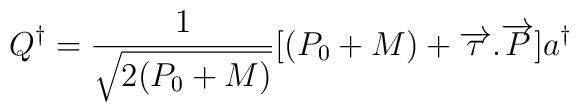
Q^\dagger = \frac{1}{\sqrt{2(P_0 +M)}}[(P_0 +M)+\overrightarrow{\tau}.\overrightarrow{P}] a^\dagger